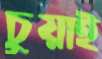
চুয়াই